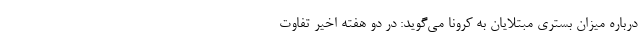
درباره میزان بستری مبتلایان به کرونا می‌گوید: در دو هفته اخیر تفاوت